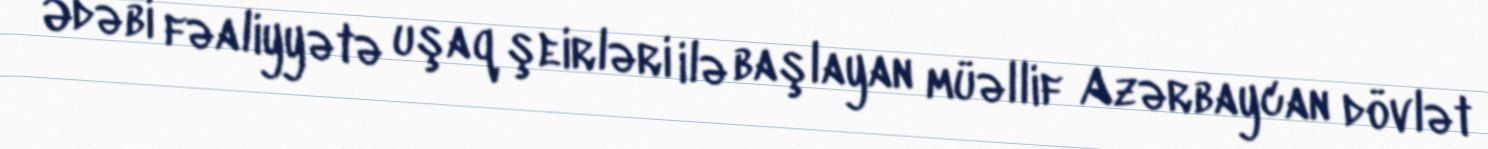
Ədəbi fəaliyyətə uşaq şeirləri ilə başlayan müəllif Azərbaycan dövlət